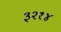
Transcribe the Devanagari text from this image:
३२१४